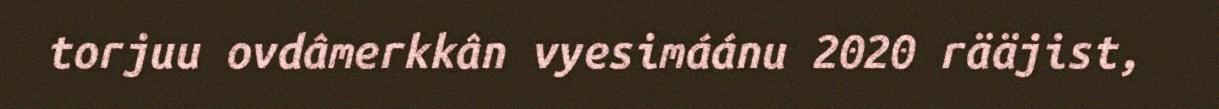
torjuu ovdâmerkkân vyesimáánu 2020 rääjist,